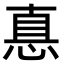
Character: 惪